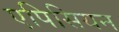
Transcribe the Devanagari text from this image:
एपिसियन